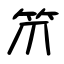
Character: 笊